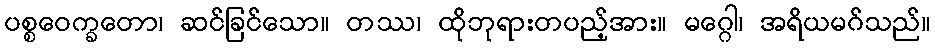
ပစ္စဝေက္ခတော၊ ဆင်ခြင်သော။ တဿ၊ ထိုဘုရားတပည့်အား။ မဂ္ဂေါ၊ အရိယမဂ်သည်။